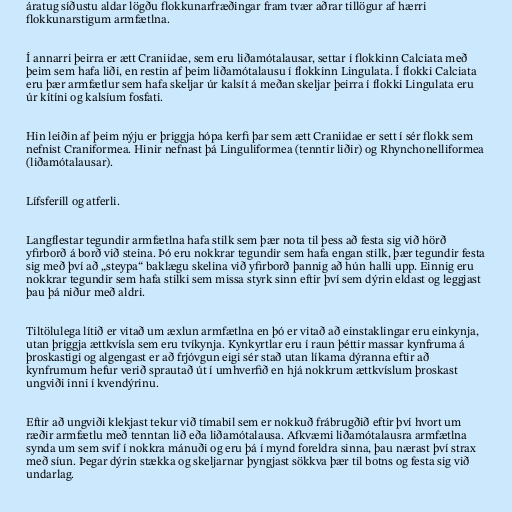
áratug síðustu aldar lögðu flokkunarfræðingar fram tvær aðrar tillögur af hærri
flokkunarstigum armfætlna.

Í annarri þeirra er ætt Craniidae, sem eru liðamótalausar, settar í flokkinn Calciata með
þeim sem hafa liði, en restin af þeim liðamótalausu í flokkinn Lingulata. Í flokki Calciata
eru þær armfætlur sem hafa skeljar úr kalsít á meðan skeljar þeirra í flokki Lingulata eru
úr kítíni og kalsíum fosfati.

Hin leiðin af þeim nýju er þriggja hópa kerfi þar sem ætt Craniidae er sett í sér flokk sem
nefnist Craniformea. Hinir nefnast þá Linguliformea (tenntir liðir) og Rhynchonelliformea
(liðamótalausar).

Lífsferill og atferli.

Langflestar tegundir armfætlna hafa stilk sem þær nota til þess að festa sig við hörð
yfirborð á borð við steina. Þó eru nokkrar tegundir sem hafa engan stilk, þær tegundir festa
sig með því að „steypa“ baklægu skelina við yfirborð þannig að hún halli upp. Einnig eru
nokkrar tegundir sem hafa stilki sem missa styrk sinn eftir því sem dýrin eldast og leggjast
þau þá niður með aldri.

Tiltölulega lítið er vitað um æxlun armfætlna en þó er vitað að einstaklingar eru einkynja,
utan þriggja ættkvísla sem eru tvíkynja. Kynkyrtlar eru í raun þéttir massar kynfruma á
þroskastigi og algengast er að frjóvgun eigi sér stað utan líkama dýranna eftir að
kynfrumum hefur verið sprautað út í umhverfið en hjá nokkrum ættkvíslum þroskast
ungviði inni í kvendýrinu.

Eftir að ungviði klekjast tekur við tímabil sem er nokkuð frábrugðið eftir því hvort um
ræðir armfætlu með tenntan lið eða liðamótalausa. Afkvæmi liðamótalausra armfætlna
synda um sem svif í nokkra mánuði og eru þá í mynd foreldra sinna, þau nærast því strax
með síun. Þegar dýrin stækka og skeljarnar þyngjast sökkva þær til botns og festa sig við
undarlag.